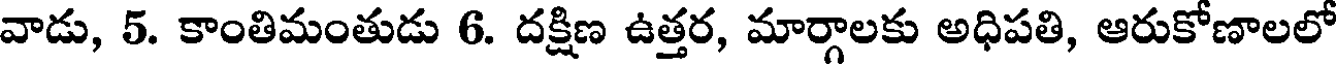
వాడు, 5. కాంతిమంతుడు 6. దక్షిణ ఉత్తర, మార్గాలకు అధిపతి, ఆరుకోణాలలో